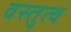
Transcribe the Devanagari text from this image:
वस्तुत्व